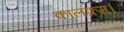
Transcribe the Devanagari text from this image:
कालक्रम।